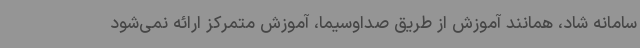
سامانه شاد، همانند آموزش از طریق صداوسیما، آموزش متمرکز ارائه نمی‌شود